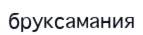
бруксамания